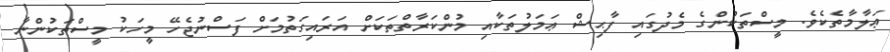
ޢަލާމާތެކެވެ. މީސްތަކުންގެ މެދުގައި ފާޙިޝް ޢަމަލުތަކާއި މުންކަރާތްތަކަށް އަރައިގަތުމަށް ފަސްނުޖެހޭ މީހަކު މީސްތަކުންނާ